Report of the Municipal Commissioner on the plague in Bombay for the year ending 31st May... - Volume 2
Disease focus: Plague
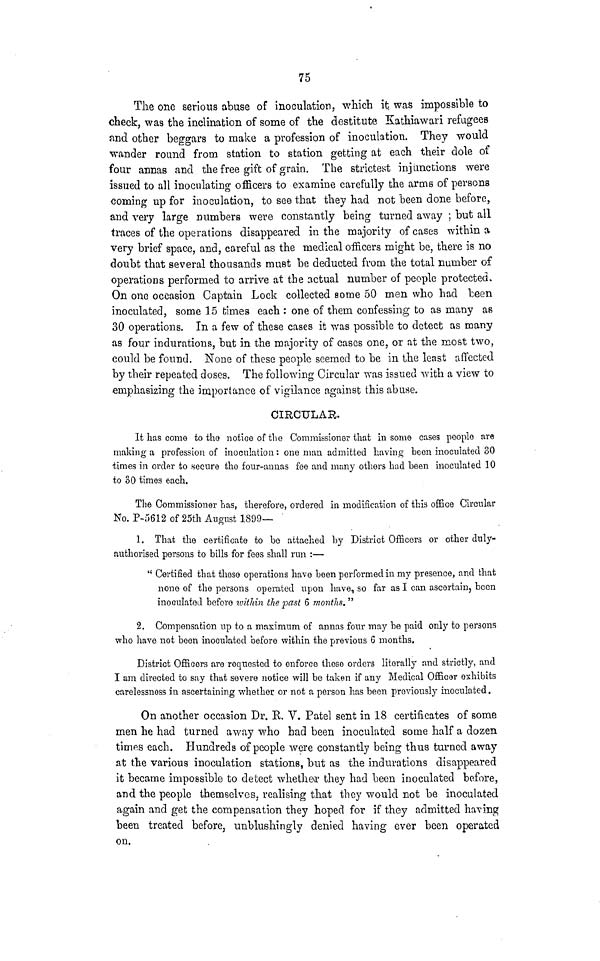
75
The one serious abuse of inoculation, which it. was impossible to
check, was the inclination of some of the destitute Kathiawari refugees
find other beggars to make a profession of inoculation. They would
wander round from station to station getting at each their dole of
four annas and the free gift of grain. The strictest injunctions were
issued to all inoculating officers to examine carefully the arms of persons
coming up for inoculation, to see that they had not been done before,
and very large numbers were constantly being turned away ; but all
traces of the operations disappeared in the majority of cases within a
very brief space, and, careful as the medical officers might be, there is no
doubt that several thousands must be deducted from the total number of
operations performed to arrive at the actual number of people protected.
On one occasion Captain Lock collected some 50 men who had been
inoculated, some 15 fcim.es each : one of them confessing to as many as
30 operations. In a few of these cases it was possible to detect as many
as four indurations, but in the majority of cases one, or at the most two,
could be found. None of these people seemed to be in the least affected
by their repeated doses. The following Circular was issued with a view to
emphasizing the importance of vigilance against this abuse.
CIRCULAR.
It has come to the notice of the Commissioner that in some cases people are
making a profession of inoculation: one man admitted having been inoculated 30
times in order to .secure the four-annas fee and many others had been inoculated 10
to 30 times each.
The Commissioner has, therefore, ordered in modification of this office Circular
No. P-5612 of 25th August 1899—
1. That the certificate to be attached by District Officers or other duly-
authorised persons to bills for fees shall run :—
" Certified that these operations have been performed in my presence, and that
none of the persons operated upon have, so far as I can ascertain, been
inoculated before ivithin the past 6 months. "
2. Compensation up to a maximum of annas four may be paid only to persons
who have not been inoculated before within the previous 6 months.
District Officers are requested to enforce these orders literally and strictly, and
I am directed to say that severe notice will be taken if any Medical Officer exhibits
carelessness in ascertaining whether or not a person has been previously inoculated.
On another occasion Dr. R. V. Patel sent in 18 certificates of some
men he had turned away who had been inoculated some half a dozen
times each. Hundreds of people were constantly being thus turned away
at the various inoculation stations, but as the indurations disappeared
it became impossible to detect whether they had been inoculated before,
and the people themselves, realising that they would not be inoculated
again and get the compensation they hoped for if they admitted having
been treated before, unblushingly denied having ever been operated
on.